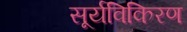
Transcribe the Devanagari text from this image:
सूर्यविकिरण